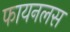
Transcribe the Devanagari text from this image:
फायनलस